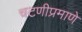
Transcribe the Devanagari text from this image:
चटणीप्रमाणे